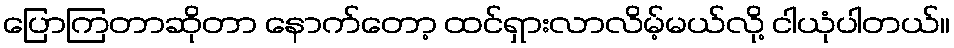
ပြောကြတာဆိုတာ နောက်တော့ ထင်ရှားလာလိမ့်မယ်လို့ ငါယုံပါတယ်။